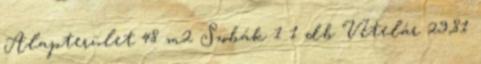
Alapterület 48 m2 Szobák 1 1 db Vételár 29,81